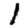
Digit: 1